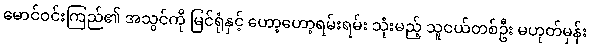
မောင်ဝင်းကြည်၏ အသွင်ကို မြင်ရုံနှင့် ဟော့ဟော့ရမ်းရမ်း သုံးမည့် သူငယ်တစ်ဦး မဟုတ်မှန်း